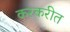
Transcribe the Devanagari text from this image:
करकरीत